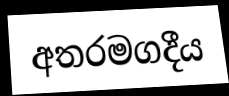
අතරමගදීය